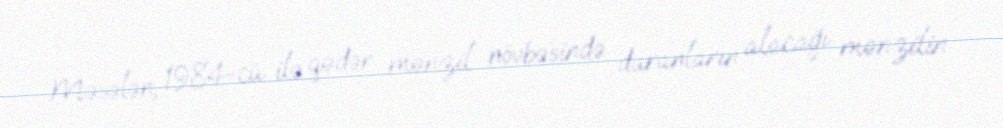
Məsələn, 1984-cü ilə qədər mənzil növbəsində duranların alacağı mənzilin